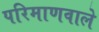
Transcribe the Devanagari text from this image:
परिमाणवाले